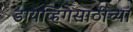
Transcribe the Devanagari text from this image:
डायव्हिंगसाठीच्या